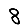
Digit: 8